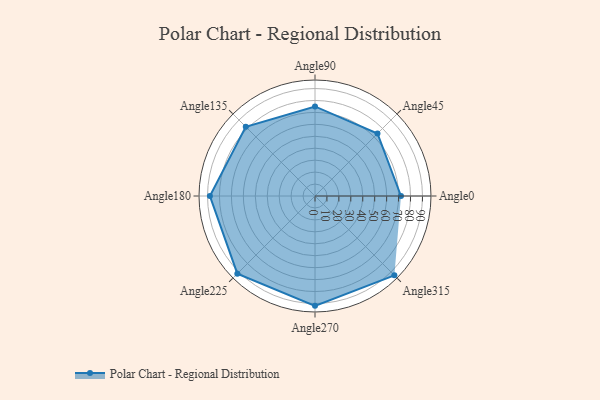
{"axis": {"x": "Angle", "y": "Radius"}, "legend": [""], "data": [{"x": "Angle0", "y": 72.0, "type": ""}, {"x": "Angle45", "y": 74.0, "type": ""}, {"x": "Angle90", "y": 75.0, "type": ""}, {"x": "Angle135", "y": 82.0, "type": ""}, {"x": "Angle180", "y": 88.0, "type": ""}, {"x": "Angle225", "y": 92.0, "type": ""}, {"x": "Angle270", "y": 92.0, "type": ""}, {"x": "Angle315", "y": 94.0, "type": ""}]}